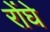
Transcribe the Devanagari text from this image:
रोंघे